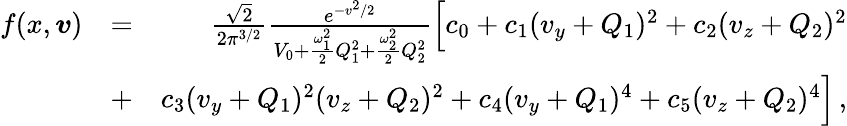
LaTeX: \begin{array}{rlr}{f(x,\boldsymbol{v})}&{=}&{\frac{\sqrt{2}}{2\pi^{3/2}}\frac{e^{-v^{2}/2}}{V_{0}+\frac{\omega_{1}^{2}}{2}Q_{1}^{2}+\frac{\omega_{2}^{2}}{2}Q_{2}^{2}}\Big[c_{0}+c_{1}(v_{y}+Q_{1})^{2}+c_{2}(v_{z}+Q_{2})^{2}}\\ &{+}&{c_{3}(v_{y}+Q_{1})^{2}(v_{z}+Q_{2})^{2}+c_{4}(v_{y}+Q_{1})^{4}+c_{5}(v_{z}+Q_{2})^{4}\Big]\, ,}\end{array}